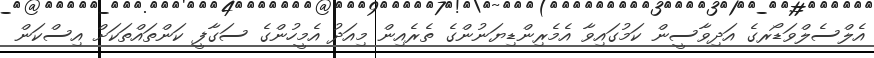
އެލްސެލްވަޑޯރގެ އަދިވާސީން ކަމުގައިވާ އެމެރިންޑިޔަނުންގެ ތެރެއިން މިއަދު އެމީހުންގެ ސަގާފީ ކަންތައްތަކަށް އިސްކަން